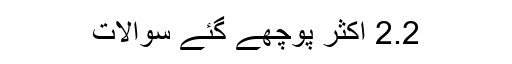
2.2 اکثر پوچھے گئے سوالات